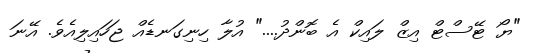
"ޔޯ ޓޭސްޓް އިޒް ލައިކް އެ ބޮންދު...." އުލާ ހިނިގަނޑެއް ޖަހައިލިއެވެ. އޭނަ